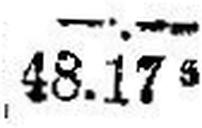
48.175